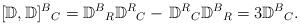
LaTeX: \begin{align*}[{\mathbb D},{\mathbb D}]^B{}_{C}={\mathbb D}^{B}{}_{R}{\mathbb D}^{R}{}_{C} - \,{\mathbb D}^{R}{}_{C}{\mathbb D}^{B}{}_{R}=3{\mathbb D}^{B}{}_{C}.\end{align*}